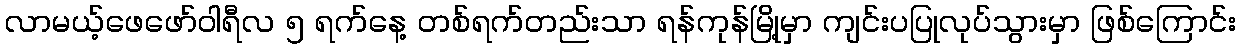
လာမယ့်ဖေဖော်ဝါရီလ ၅ ရက်နေ့ တစ်ရက်တည်းသာ ရန်ကုန်မြို့မှာ ကျင်းပပြုလုပ်သွားမှာ ဖြစ်ကြောင်း